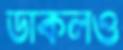
ডাকলও